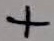
Text: +